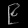
Digit: ၉